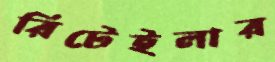
রিটেইলার